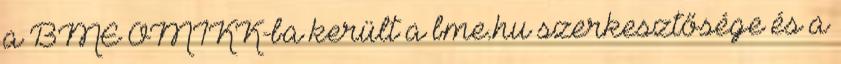
a BME OMIKK-ba került a bme.hu szerkesztősége és a